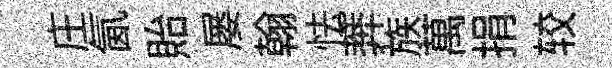
庄氤貽屡翰怯莾族萬捐较